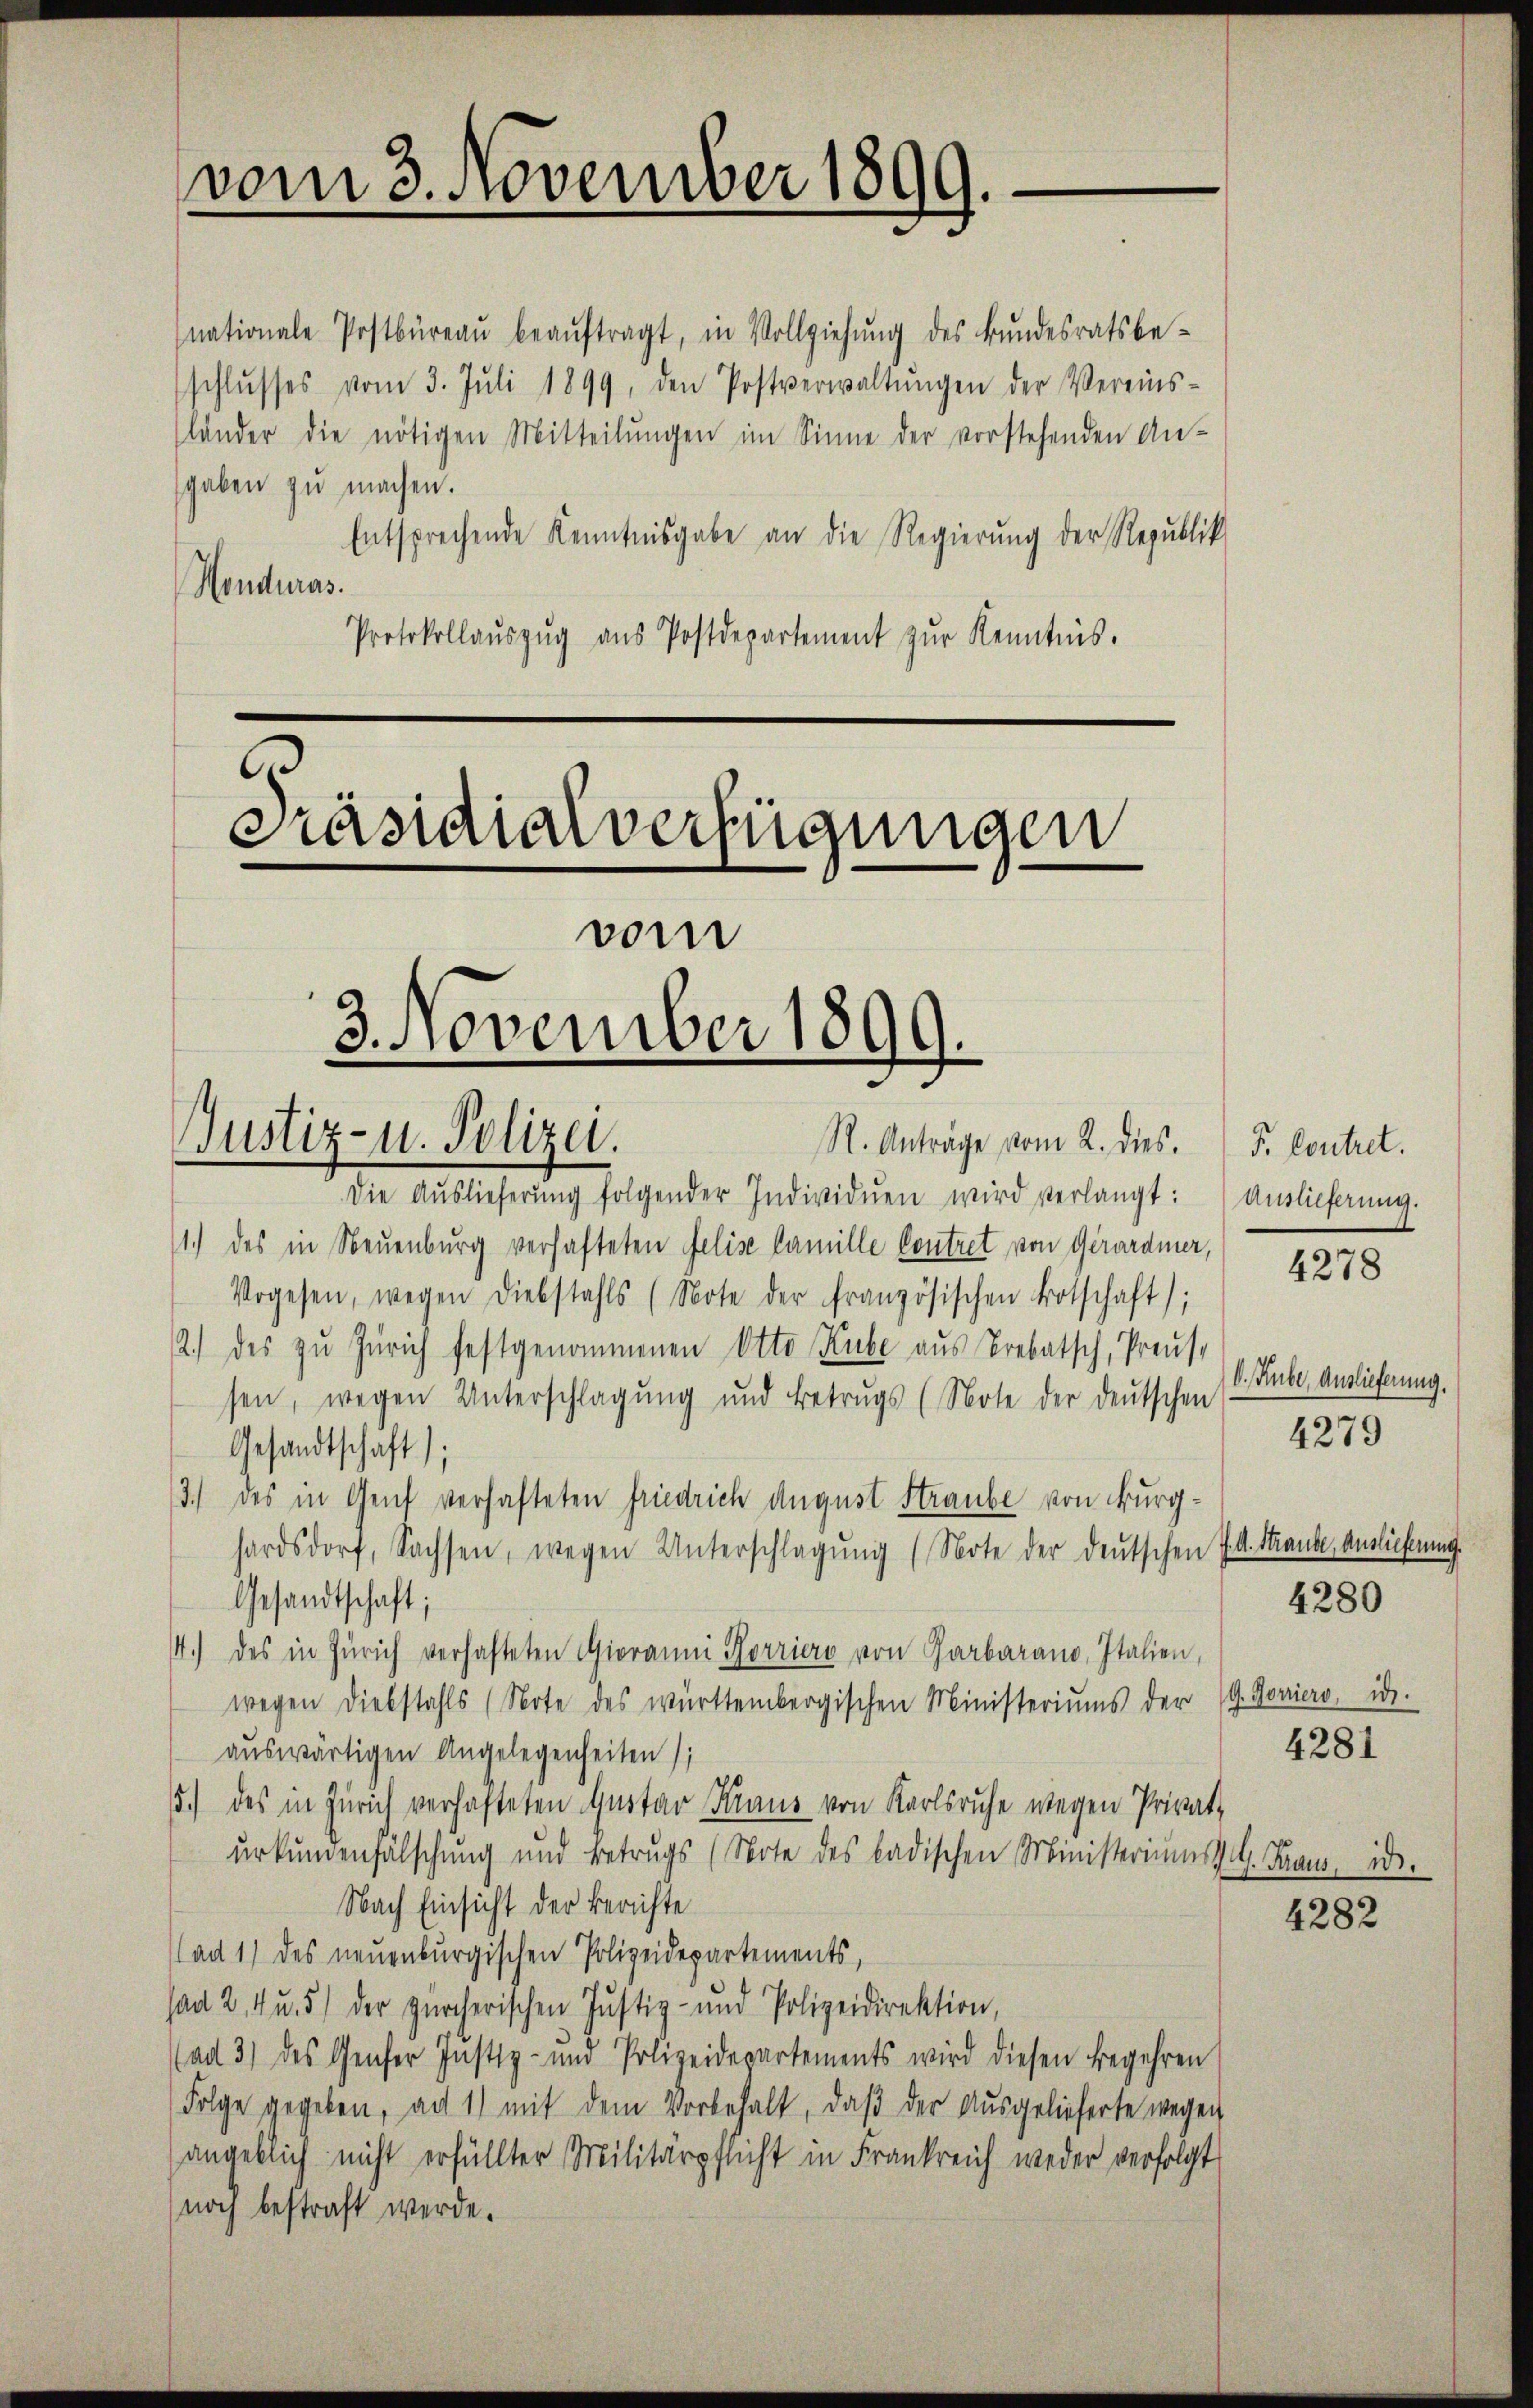
nationale Postbüreaŭ beaŭftragt, in Vollziehŭng des Bŭndesratsbe-
schlŭsses vom 3. Jŭli 1899, den Postverwaltŭngen der Vereins-
länder die nötigen Mitteilŭngen im Sinne der vorstehenden An-
sgaben zu machen.
Entsprechende Kenntnisgabe an die Regierung der Republik
Honduras.
Protokollaŭszŭg aŭs Postdepartement zŭr Kenntnis.

vom 3. November 1899.

Präsidialverfügungen
vom
3. November 1899.
Justiz- u. Polizei.
R. Anträge vom 2. dies.

Die Aŭslieferŭng folgender Individuen wird verlangt: Auslieferung.
1.) des in Neuenburg verhafteten Felise famille Contret von Girardmer,
Vogesen, wegen Diebstahls (Note der französischen Botschaft);
2.) des zu Zürich festgenommenen Otto Kube aus Vrebatsch, Preuse
sen, wegen Unterschlagung und Betrugs (Note der deutschen
Gesandtschaft);
3.) des in Genf verhafteten Friedrich August Straube von Burghardsdorf, Sachsen, wegen Unterschlagung (Note der deutschen
Gesandtschaft;
4.) des in Zürich verhafteten Giovanni Korriere von Garbarano, Italien,
wegen Diebstahls (Note des württembergischen Ministeriums der G
auswärtigen Angelegenheiten);
1.) des in Zürich verhafteten Quotar Kraus von Karlsruhe wegen Privat-
urkundenfälschung und Betrugs (Note des badischen Ministeriums d. G. Fraus, d.
Nach Einsicht der Berichte
(ad 1) des neuenburgischen Polizeidepartements,
sad 2, 4 u. 5) der zürcherischen Justiz- und Polizeidirektion,
(ad 3) des Genfer Justiz- und Polizeidepartements wird diesen Begehren
Folge gegeben, an 1) mit dem Vorbehalt, daß der Ausgelieferte wegen
angeblich nicht erfüllter Militärpflicht in Frankreich weder verfolgt
noch bestraft werde.

P. Contret.

4278

V. Rube, Auslieferung.
4279

A. Straube, Auslieferung.
4280

Gorriers, d.
4281

4282